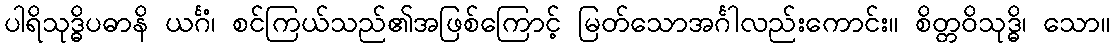
ပါရိသုဒ္ဓိပဓာနိ ယင်္ဂံ၊ စင်ကြယ်သည်၏အဖြစ်ကြောင့် မြတ်သောအင်္ဂါလည်းကောင်း။ စိတ္တဝိသုဒ္ဓိ၊ သော။